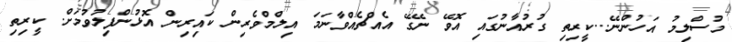
މުސްލިމު އަހުންނޭ...ކީރިތި ގުރުއާނުގައި އޮވޭ ނޭގޭ އެއްޗެއްވާނަމަ އިލްމްވެރިން ކައިރިން އޮޅުންފިލުވުމަށް. ކީރިތި